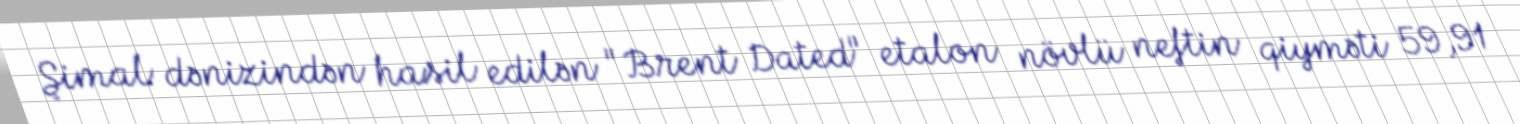
Şimal dənizindən hasil edilən "Brent Dated" etalon növlü neftin qiyməti 59,91